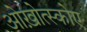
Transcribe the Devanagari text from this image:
ओख़ोत्स्कोए